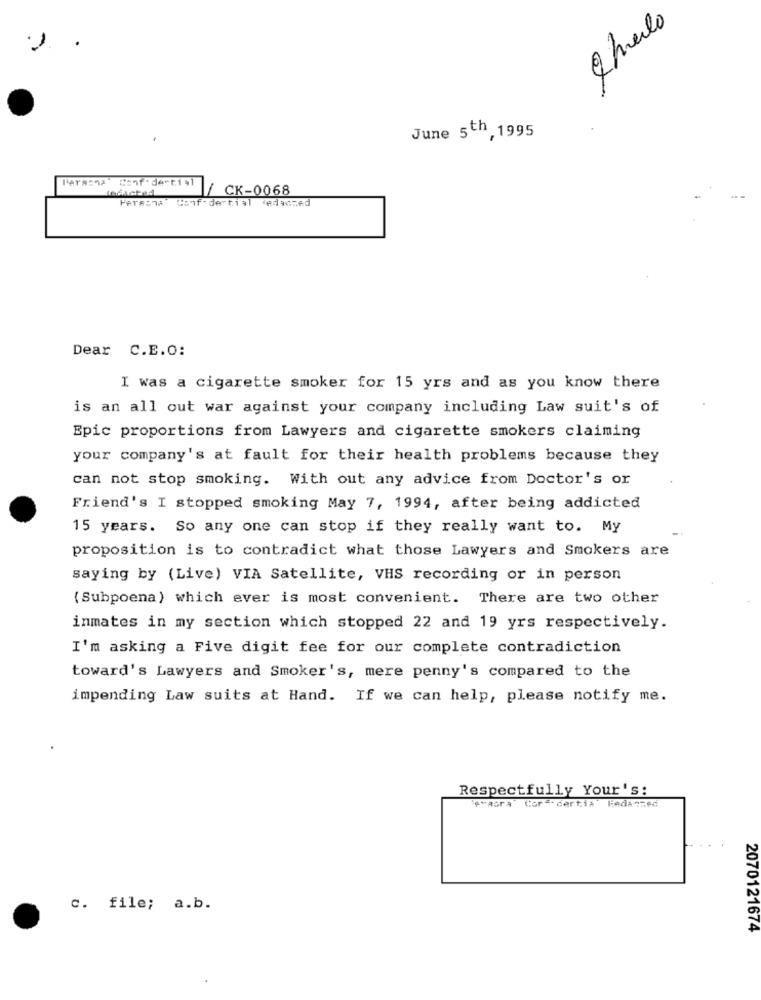
June 5th, 1995
Para:ne Cent - dentis1
/ CK-0068
Persona Confidential Redacted
Dear C.E.O:
I was a cigarette smoker for 15 yrs and as you know there
is an all out war against your company including Law suit's of
Epic proportions from Lawyers and cigarette smokers claiming
your company's at fault for their health problems because they
can not stop smoking. With out any advice from Doctor's or
Friend's I stopped smoking May 7, 1994, after being addicted
15 years. So any one can stop if they really want to. My
proposition is to contradict what those Lawyers and Smokers are
saying by (Live) VIA Satellite, VHS recording or in person
( Subpoena) which ever is most convenient. There are two other
inmates in my section which stopped 22 and 19 yrs respectively.
I'm asking a Five digit fee for our complete contradiction
toward's Lawyers and Smoker's, mere penny's compared to the
impending Law suits at Hand. If we can help, please notify me.
Respectfully Your's:
eraora CorE-certia liedanred
c. file; a.b.
2070121674